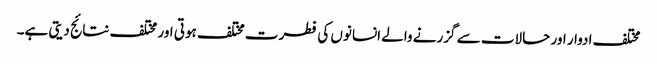
مختلف ادوار اور حالات سے گزرنے والے انسانوں کی فطرت مختلف ہوتی اور مختلف نتائج دیتی ہے۔